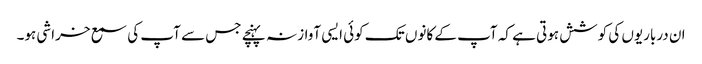
ان درباریوں کی کوشش ہوتی ہے کہ آپ کے کانوں تک کوئی ایسی آواز نہ پہنچے جس سے آپ کی سمع خراشی ہو۔